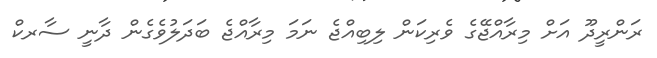
ރަންރީދޫ އަށް މިރާއްޖޭގެ ވެރިކަން ލިބިއްޖެ ނަމަ މިރާއްޖެ ބަދަލުވެގެން ދާނީ ސާރކް